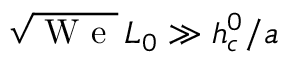
\sqrt { \mathrm { ~ W ~ e ~ } } \, L _ { 0 } \gg h _ { c } ^ { 0 } / a